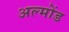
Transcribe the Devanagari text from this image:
अल्मोंड